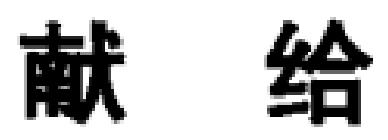
献给